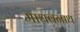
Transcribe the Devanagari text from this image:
माधवनाथ